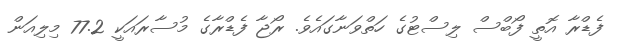
ފެޑްރާ އޮތީ ފޯބްސް ލިސްޓުގެ ހަތްވަނާގައެވެ. ރޯޖާ ފެޑްރާގެ މުސާރައަކީ 77.2 މިލިއަން